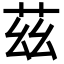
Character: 茲